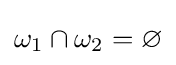
\omega _{1}\cap \omega _{2}=\varnothing